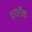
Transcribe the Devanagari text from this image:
डायरॉमा